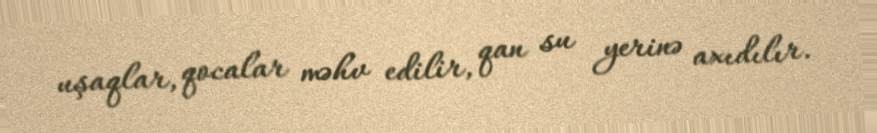
uşaqlar, qocalar məhv edilir, qan su yerinə axıdılır.